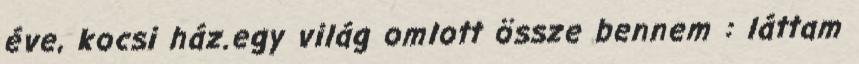
éve, kocsi ház.egy világ omlott össze bennem : láttam